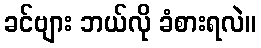
ခင်ဗျား ဘယ်လို ခံစားရလဲ။